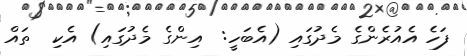
ފަހެ އެއުރެންގެ މެދުގައި (އެބަހީ:  އިންގެ މެދުގައި) އެކި  ތައް